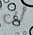
لن